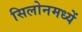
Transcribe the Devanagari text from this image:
सिलोनमध्यें